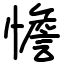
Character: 憺